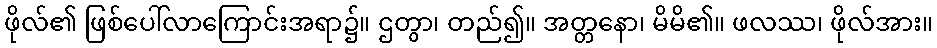
ဖိုလ်၏ ဖြစ်ပေါ်လာကြောင်းအရာ၌။ ဌတွာ၊ တည်၍။ အတ္တနော၊ မိမိ၏။ ဖလဿ၊ ဖိုလ်အား။